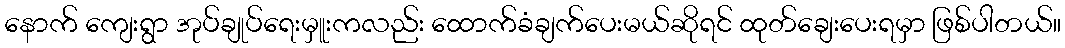
နောက် ကျေးရွာ အုပ်ချုပ်ရေးမှူးကလည်း ထောက်ခံချက်ပေးမယ်ဆိုရင် ထုတ်ချေးပေးရမှာ ဖြစ်ပါတယ်။